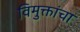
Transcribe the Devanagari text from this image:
विमुक्तांचा